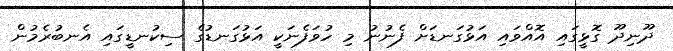
ދޫނިދޫ ގޮޅީގައި އޮއްވައި އަޅުގަނޑަށް ފެނުނު މި ހުވަފެނަކީ އަޅުގަނޑުގެ ސިކުނޑީގައި އެނބުރެމުން